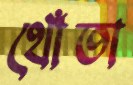
থোঁতা